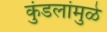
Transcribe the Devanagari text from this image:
कुंडलांमुळे